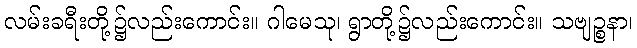
လမ်းခရီးတို့၌လည်းကောင်း။ ဂါမေသု၊ ရွာတို့၌လည်းကောင်း။ သဗျဉ္စနာ၊